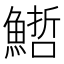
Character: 𩺢